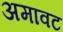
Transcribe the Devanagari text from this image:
अमावट